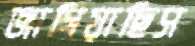
জাগিয়াছিস